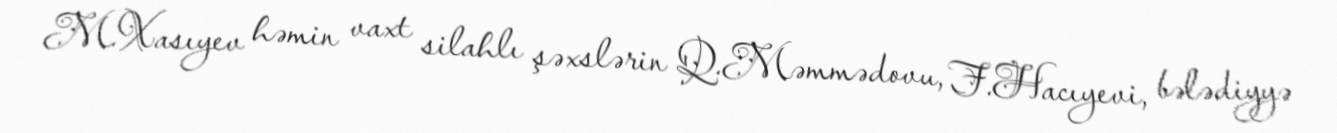
M.Xasıyev həmin vaxt silahlı şəxslərin Q.Məmmədovu, F.Hacıyevi, bələdiyyə